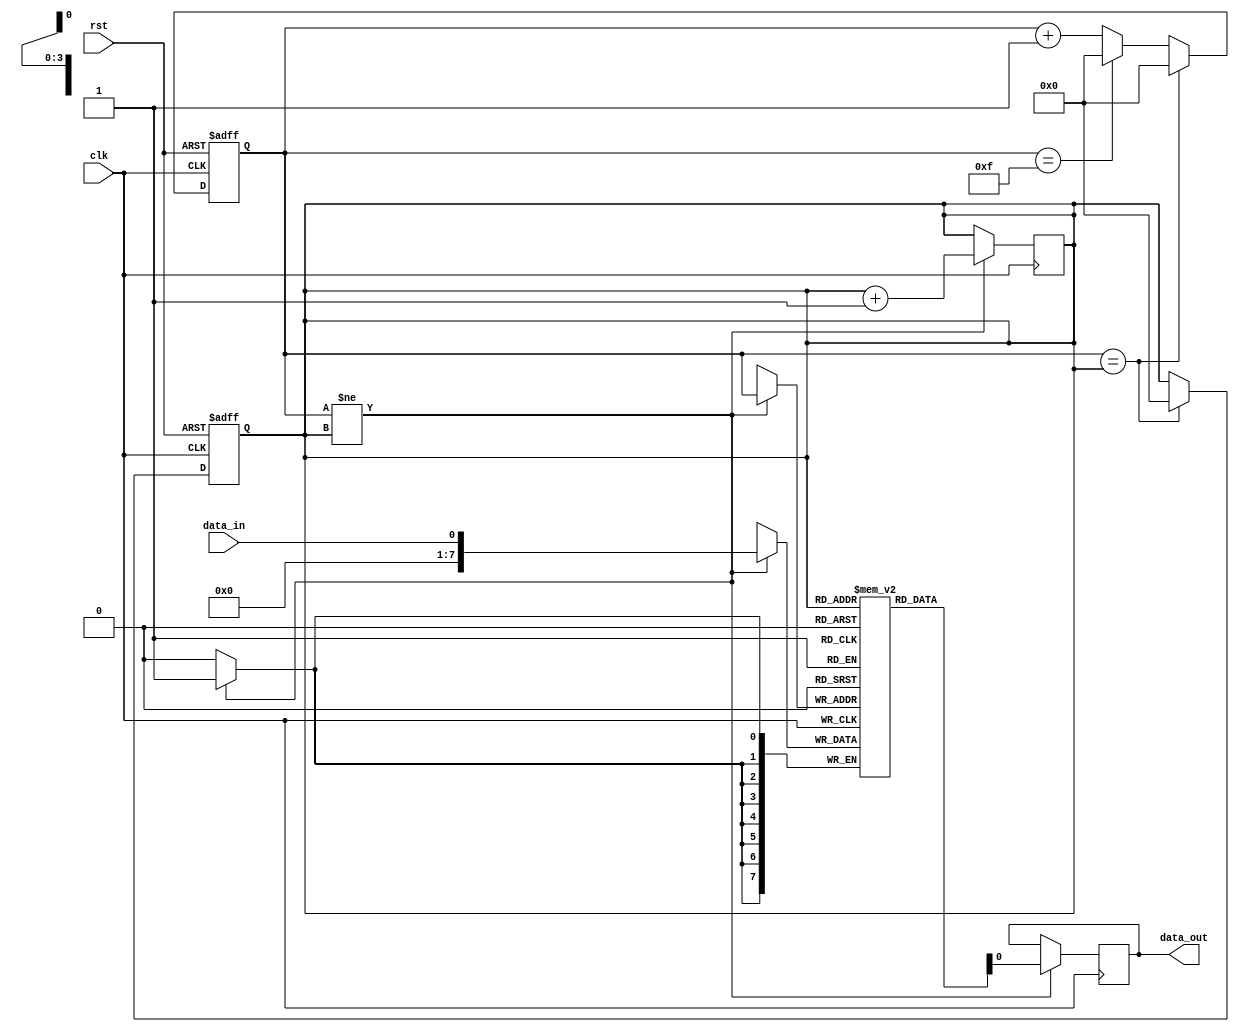
module edge_sensitive_fifo(
    input wire clk,
    input wire rst,
    input wire data_in,
    output wire data_out
);

reg [7:0] fifo_buffer [0:15];
reg [3:0] write_pointer;
reg [3:0] read_pointer;

always @(posedge clk or posedge rst) begin
    if (rst) begin
        write_pointer <= 4'b0000;
        read_pointer <= 4'b0000;
    end else begin
        if (write_pointer == read_pointer) begin
            // Buffer empty
            write_pointer <= 4'b0000;
            read_pointer <= 4'b0000;
        end else begin
            // Buffer not empty
            if (write_pointer == 4'b1111) begin
                write_pointer <= 4'b0000;
            end else begin
                write_pointer <= write_pointer + 1;
            end
        end
    end
end

always @ (posedge clk) begin
    if (write_pointer != read_pointer) begin
        data_out <= fifo_buffer[read_pointer];
        read_pointer <= read_pointer + 1;
    end
end

always @ (posedge clk) begin
    if (write_pointer != read_pointer) begin
        fifo_buffer[write_pointer] <= data_in;
    end
end

endmodule